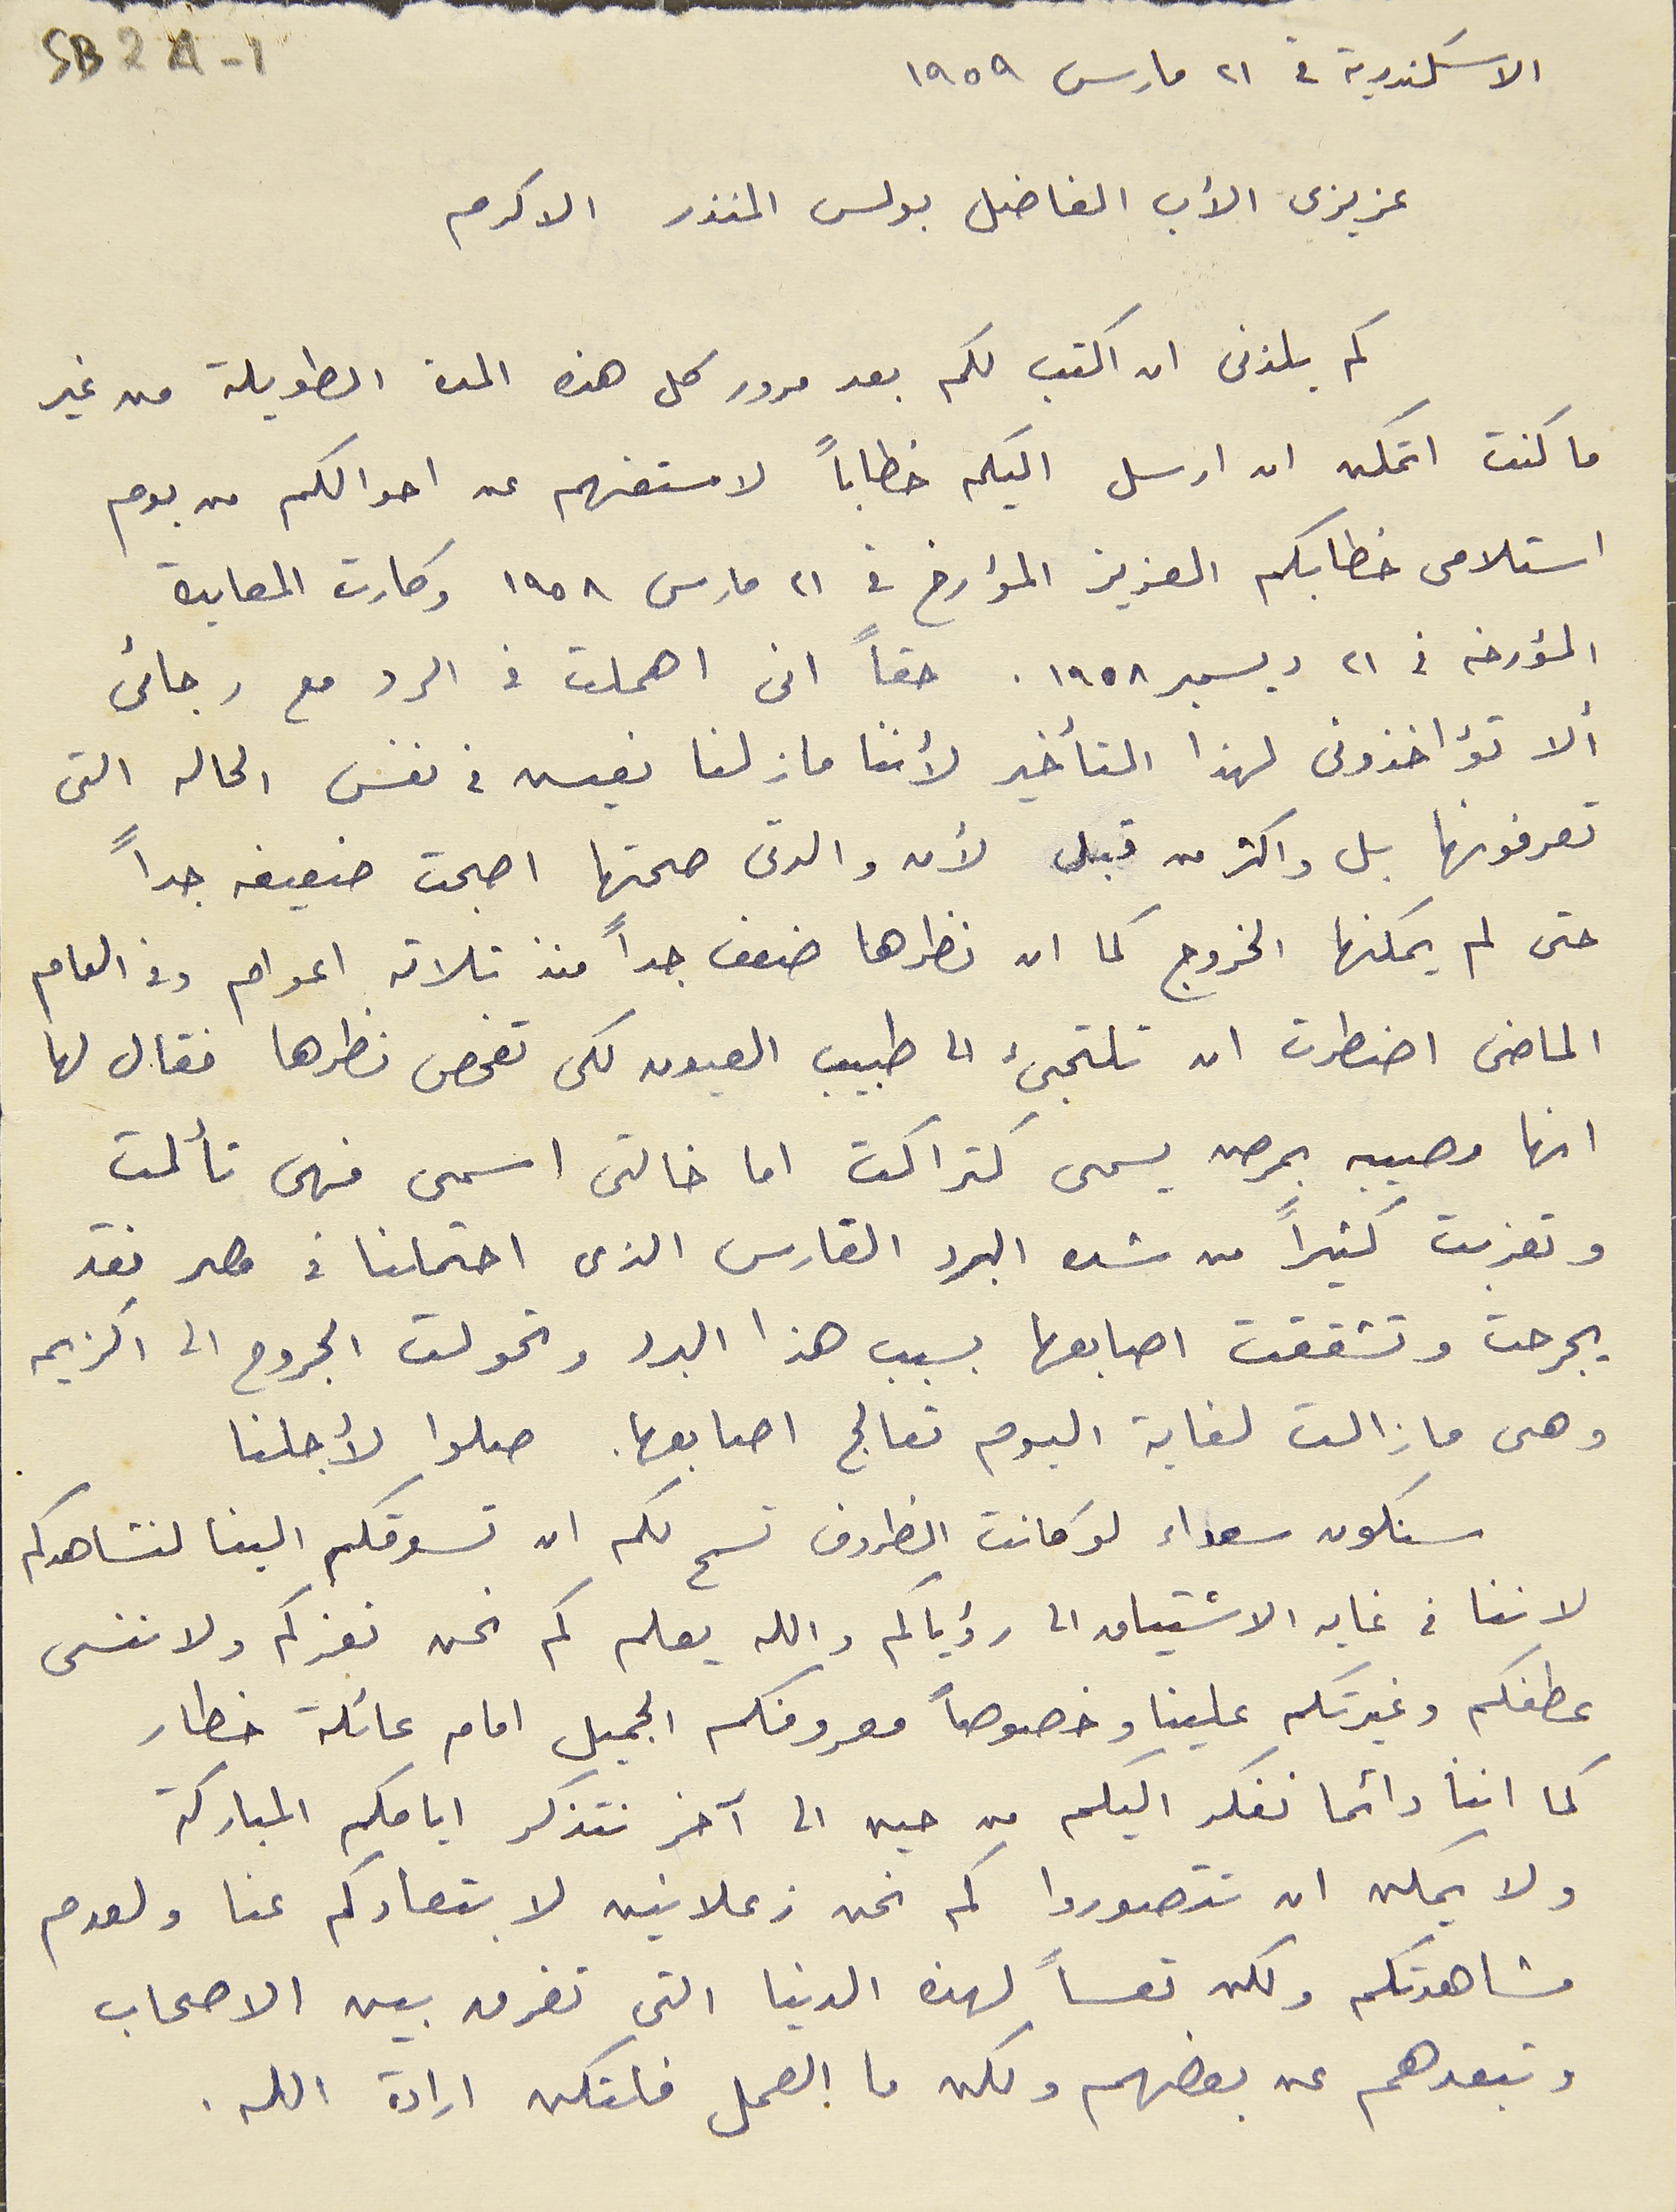
الاسكندرية في ٢١ مارس ١٩٥٥
 SB2A-1
عزيزى الأب الفاضل بولس المنذر الاكرم
كم يلذنى ان اكتب لكم بعد مرور كل هذه المدة الطويلة من غير
ما كنت اتمكن ان ارسل اليكم خطاباً لاستفهم عن احوالكم من يوم
استلامى خطابكم العزيز المؤارخ في ٢١ مارس ١٩٥٨ وكارت المعايدة
المؤرخه في ٢١ ديسمبر ١٩٥٨. حقاً انى اهملت فى الرد مع رجائى
ألا تؤاخذوني لهذا التأخير لأننا مازلنا نعيس فى نفس الحاله التى
تعرفونها بل واكثر من قبل لأن والدتى صحتها اصبحت ضعيفه جداً
حتى لم يمكنها الخروج كما ان نظرها ضعف جداً منذ ثلاثة اعوام وفى العام
الماضى اضطرت ان تلتجئ الى طبيب العيون لكى تفحص نظرها فقال لها
انها مصيبه بمرض يسمى كتراكت اما خالتي اسمى فهى تألمت
وتعذبت كثيراً من شده البرد القارس الذي احتملنا فى مصر فقد
يجرحت وتشققت اصابعها بسبب هذا البرد وتحولت الجروح الى اكزيم
وهى ما زالت لغاية اليوم تعالج اصابعها. صلوا لأجلنا
 سنكون سعداء لوكانت الظروف تسمح لكم ان تسوقكم الينا لنشاهدكم
لاننا في غايه الاشتياق الى رؤياكم والله يعلم كم نحن نعزكم ولا ننسى
عطفكم وغيرتكم علينا وخصوصاً معروفكم الجميل امام عائلة خطار
كما اننا دائما نفكر اليكم من حين الى آخر نتذكر ايامكم المباركة
ولا يمكن ان تتصوروا كم نحن زعلانين لابتعادكم عنا ولعدم
مشاهدتكم ولكن تعساً لهذه الدنيا التي تفرق بين الاصحاب
وتبعدهم عن بعضهم ولكن ما العمل فلتكن ارادة الله.